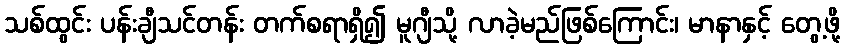
သစ်ထွင်း ပန်းချီသင်တန်း တက်စရာရှိ၍ မူဂျီသို့ လာခဲ့မည်ဖြစ်ကြောင်း၊ မာနာနှင့် တွေ့ဖို့